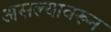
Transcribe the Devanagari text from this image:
असल्यावरून